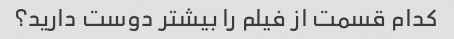
کدام قسمت از فیلم را بیشتر دوست دارید؟